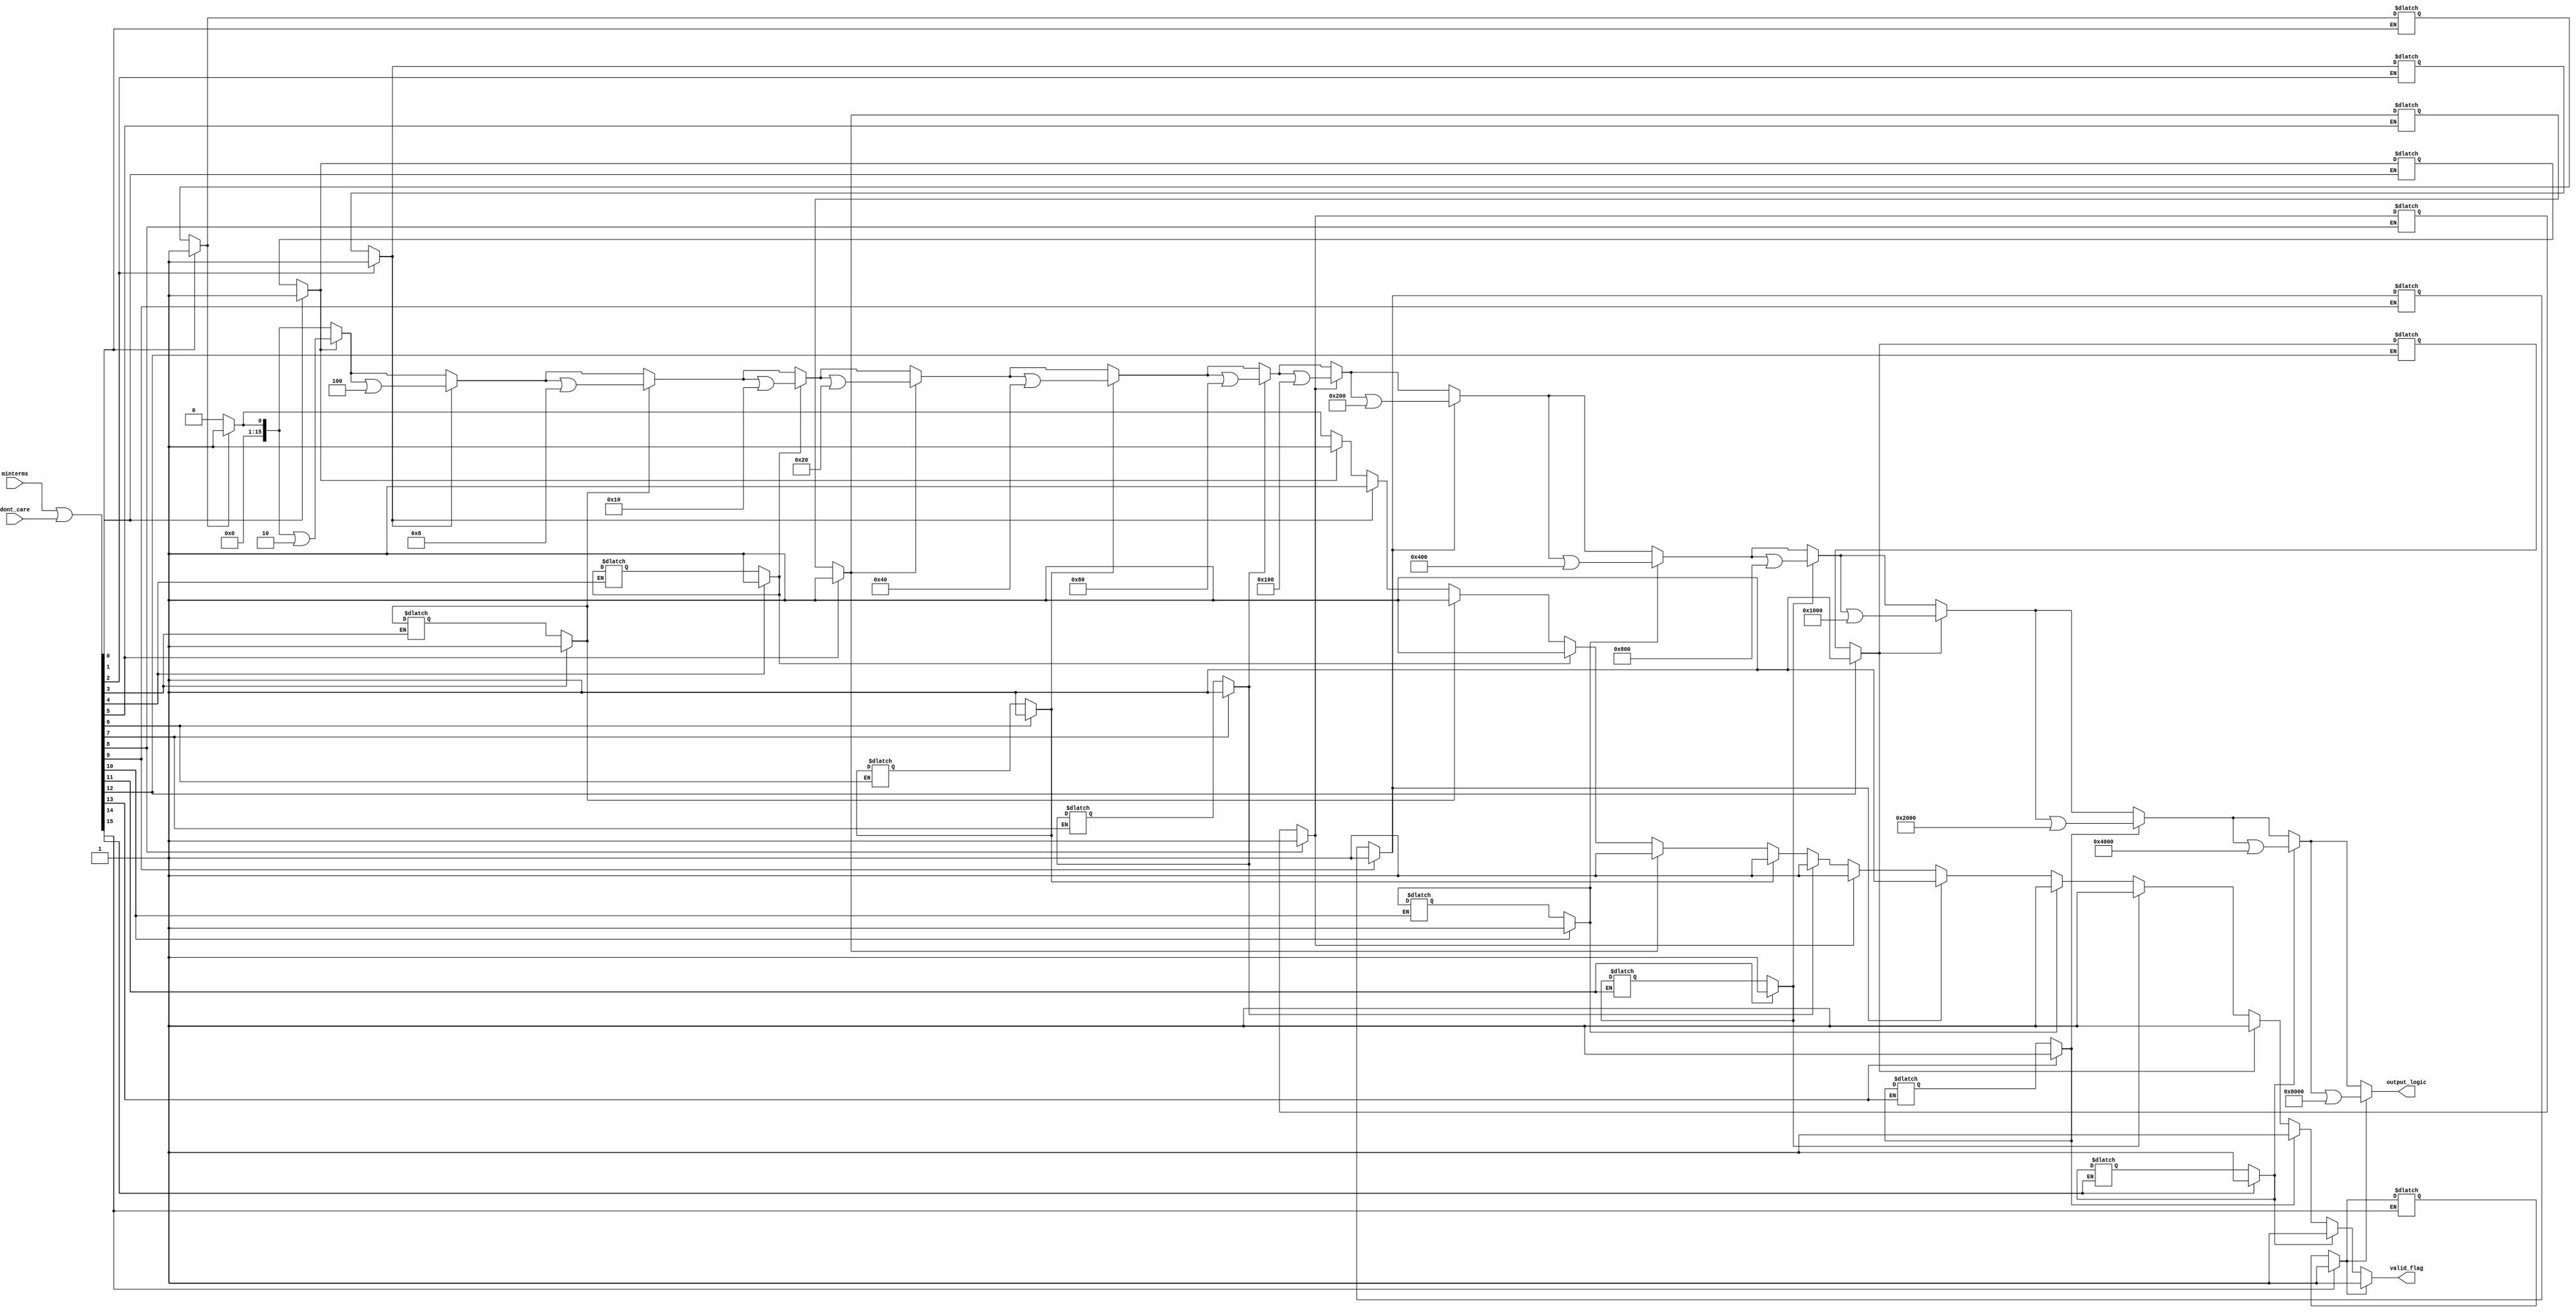
module EssentialPrimeImplicants (
    input [15:0] minterms,           // Input minterms (16 possible minterms for 4 variables)
    input [15:0] dont_care,         // Don't care conditions
    output reg [15:0] output_logic,  // Output logic representing minimized function
    output reg valid_flag            // Valid flag indicating output validity
);

    // Internal signals
    reg [15:0] prime_implicants;     // Prime implicants
    reg [15:0] essential_prime_implicants; // Essential prime implicants
    integer i, j;

    // Function to identify prime implicants
    function [15:0] identify_prime_implicants(input [15:0] minterms, input [15:0] dont_care);
        begin
            // Simplified logic to identify prime implicants
            // This is a placeholder for a more complex algorithm (e.g., Quine-McCluskey)
            identify_prime_implicants = minterms | dont_care; // Example logic
        end
    endfunction

    // Function to identify essential prime implicants
    function [15:0] identify_essential_prime_implicants(input [15:0] prime_implicants);
        begin
            // Simplified logic to identify essential prime implicants
            // This is a placeholder for a more complex algorithm
            for (i = 0; i < 16; i = i + 1) begin
                if (prime_implicants[i]) begin
                    // Check if this implicant is essential
                    // Example logic: if it covers a minterm not covered by others
                    essential_prime_implicants[i] = 1; // Mark as essential for simplicity
                end
            end
            identify_essential_prime_implicants = essential_prime_implicants;
        end
    endfunction

    // Output logic generation
    always @(*) begin
        valid_flag = 0; // Default to invalid
        prime_implicants = identify_prime_implicants(minterms, dont_care);
        essential_prime_implicants = identify_essential_prime_implicants(prime_implicants);
        
        // Generate output logic based on essential prime implicants
        output_logic = 0; // Initialize output logic
        for (i = 0; i < 16; i = i + 1) begin
            if (essential_prime_implicants[i]) begin
                output_logic = output_logic | (1 << i); // Combine essential implicants
                valid_flag = 1; // Mark output as valid
            end
        end
    end

endmodule